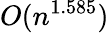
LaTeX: O(n^{1.585})